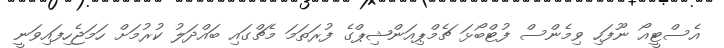
އެސްޓީއޯ ނޫފަހި ވިމެންސް ފުޓްބޯޅަ ޗެމްޕިއަންޝިޕްގެ ފުރަތަމަ މެޗްގައި ބައްދަލު ކުރުމަށް ހަމަޖެހިފައިވަނީ